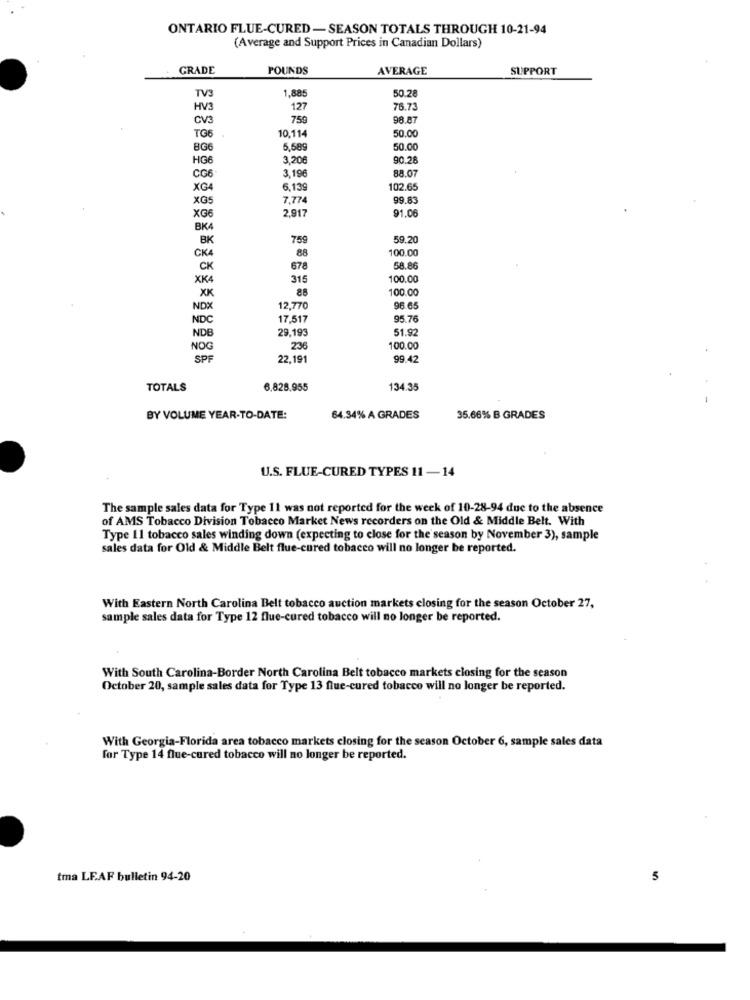
ONTARIO FLUE-CURED - SEASON TOTALS THROUGH 10-21-94
(Average and Support Prices in Canadian Dollars)
GRADE
POUNDS
AVERAGE
SUPPORT
TV3
50.28
1,885
HV3
127
76.73
CV3
759
98.87
TG6
10.114
50.00
BG
5,58
50.00
HG
3.20
90.28
3,196
88.07
CG6
XG4
6,139
102.65
XGS
7.774
99.83
2.917
91.06
XG
BKA
BK
759
59.2
CKA
88
100.00
CK
678
58.86
XK
315
100.00
XK
88
100.00
NDX
12,770
36.65
NDC
17.517
95.76
29.193
51.92
NDE
NOG
236
100.00
SPF
22,191
99.42
TOTALS
6,828.955
134.35
BY VOLUME YEAR-TO-DATE:
64.34% A GRADES
35.66% B GRADES
U.S. FLUE-CURED TYPES 11 -14
The sample sales data for Type 11 was not reported for the week of 10-28-94 due to the absence
of AMS Tobacco Division Tobacco Market News recorders on the Old & Middle Belt. With
Type 11 tobacco sales winding down (expecting to close for the season by November 3), sample
sales data for Old & Middle Belt flue-cured tobacco will no longer be reported.
With Eastern North Carolina Belt tobacco auction markets closing for the season October 27,
sample sales data for Type 12 flue-cured tobacco will no longer be reported.
With South Carolina-Border North Carolina Belt tobacco markets closing for the season
October 20, sample sales data for Type 13 flue-cured tobacco will no longer be reported.
With Georgia-Florida area tobacco markets closing for the season October 6, sample sales data
for Type 14 flue-cured tobacco will no longer be reported.
tma LEAF bulletin 94-20
5